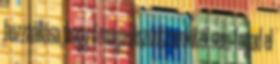
hozzáállása, hogy ő maga viszont senkitől sem fogad el